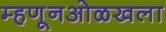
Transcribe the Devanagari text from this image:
म्हणूनओळखला